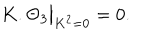
LaTeX: K . \Theta _ { 3 } { \big | } _ { K ^ { 2 } = 0 } = 0 .